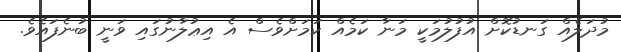
މުދަލެއް ގަނޑުކޮށް އުފުލުމަކީ މަނާ ކަމެއް ކަމަށްވެސް އެ އިޢުލާނުގައި ވަނީ ބުނެފައެވެ.